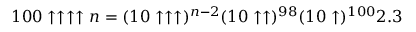
1 0 0 \uparrow \uparrow \uparrow \uparrow n = ( 1 0 \uparrow \uparrow \uparrow ) ^ { n - 2 } ( 1 0 \uparrow \uparrow ) ^ { 9 8 } ( 1 0 \uparrow ) ^ { 1 0 0 } 2 . 3